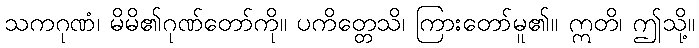
သကဂုဏံ၊ မိမိ၏ဂုဏ်တော်ကို။ ပကိတ္တေသိ၊ ကြားတော်မူ၏။ ဣတိ၊ ဤသို့။